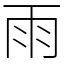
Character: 雨